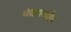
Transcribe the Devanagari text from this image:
बंदराबाहेर